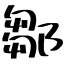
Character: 鄒